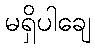
မရှိပါချေ